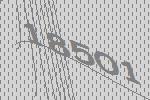
18501